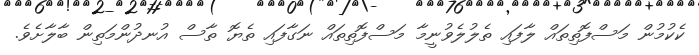
ކެކުމުން މަސްފޮތިތައް ލާފައި ތެލުލެވުނީމާ މަސްފޮތިތައް ނަގާފައި ތެޔޮ ތާސް އުނދުންމަތިން ބާލާށެވެ.